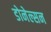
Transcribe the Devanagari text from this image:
डोनेल्सन